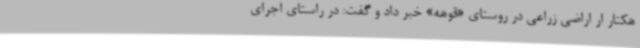
هکتار ار اراضی زراعی در روستای «قوهه» خبر داد و گفت: در راستای اجرای